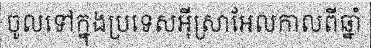
ចូលទៅក្នុងប្រទេសអ៊ីស្រាអែលកាលពីឆ្នាំ